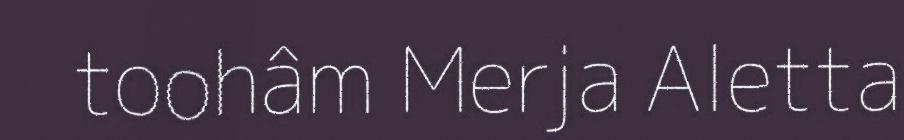
toohâm Merja Aletta